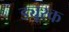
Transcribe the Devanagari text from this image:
ड्यूरक